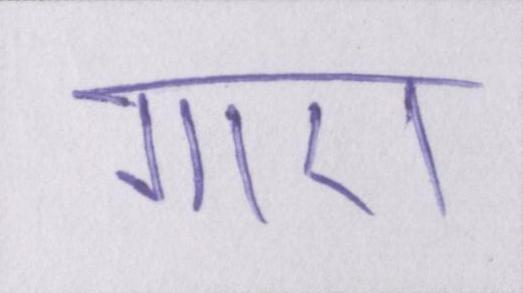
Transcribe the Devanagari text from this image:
गाए